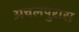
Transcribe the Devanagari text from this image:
अचलपुरास